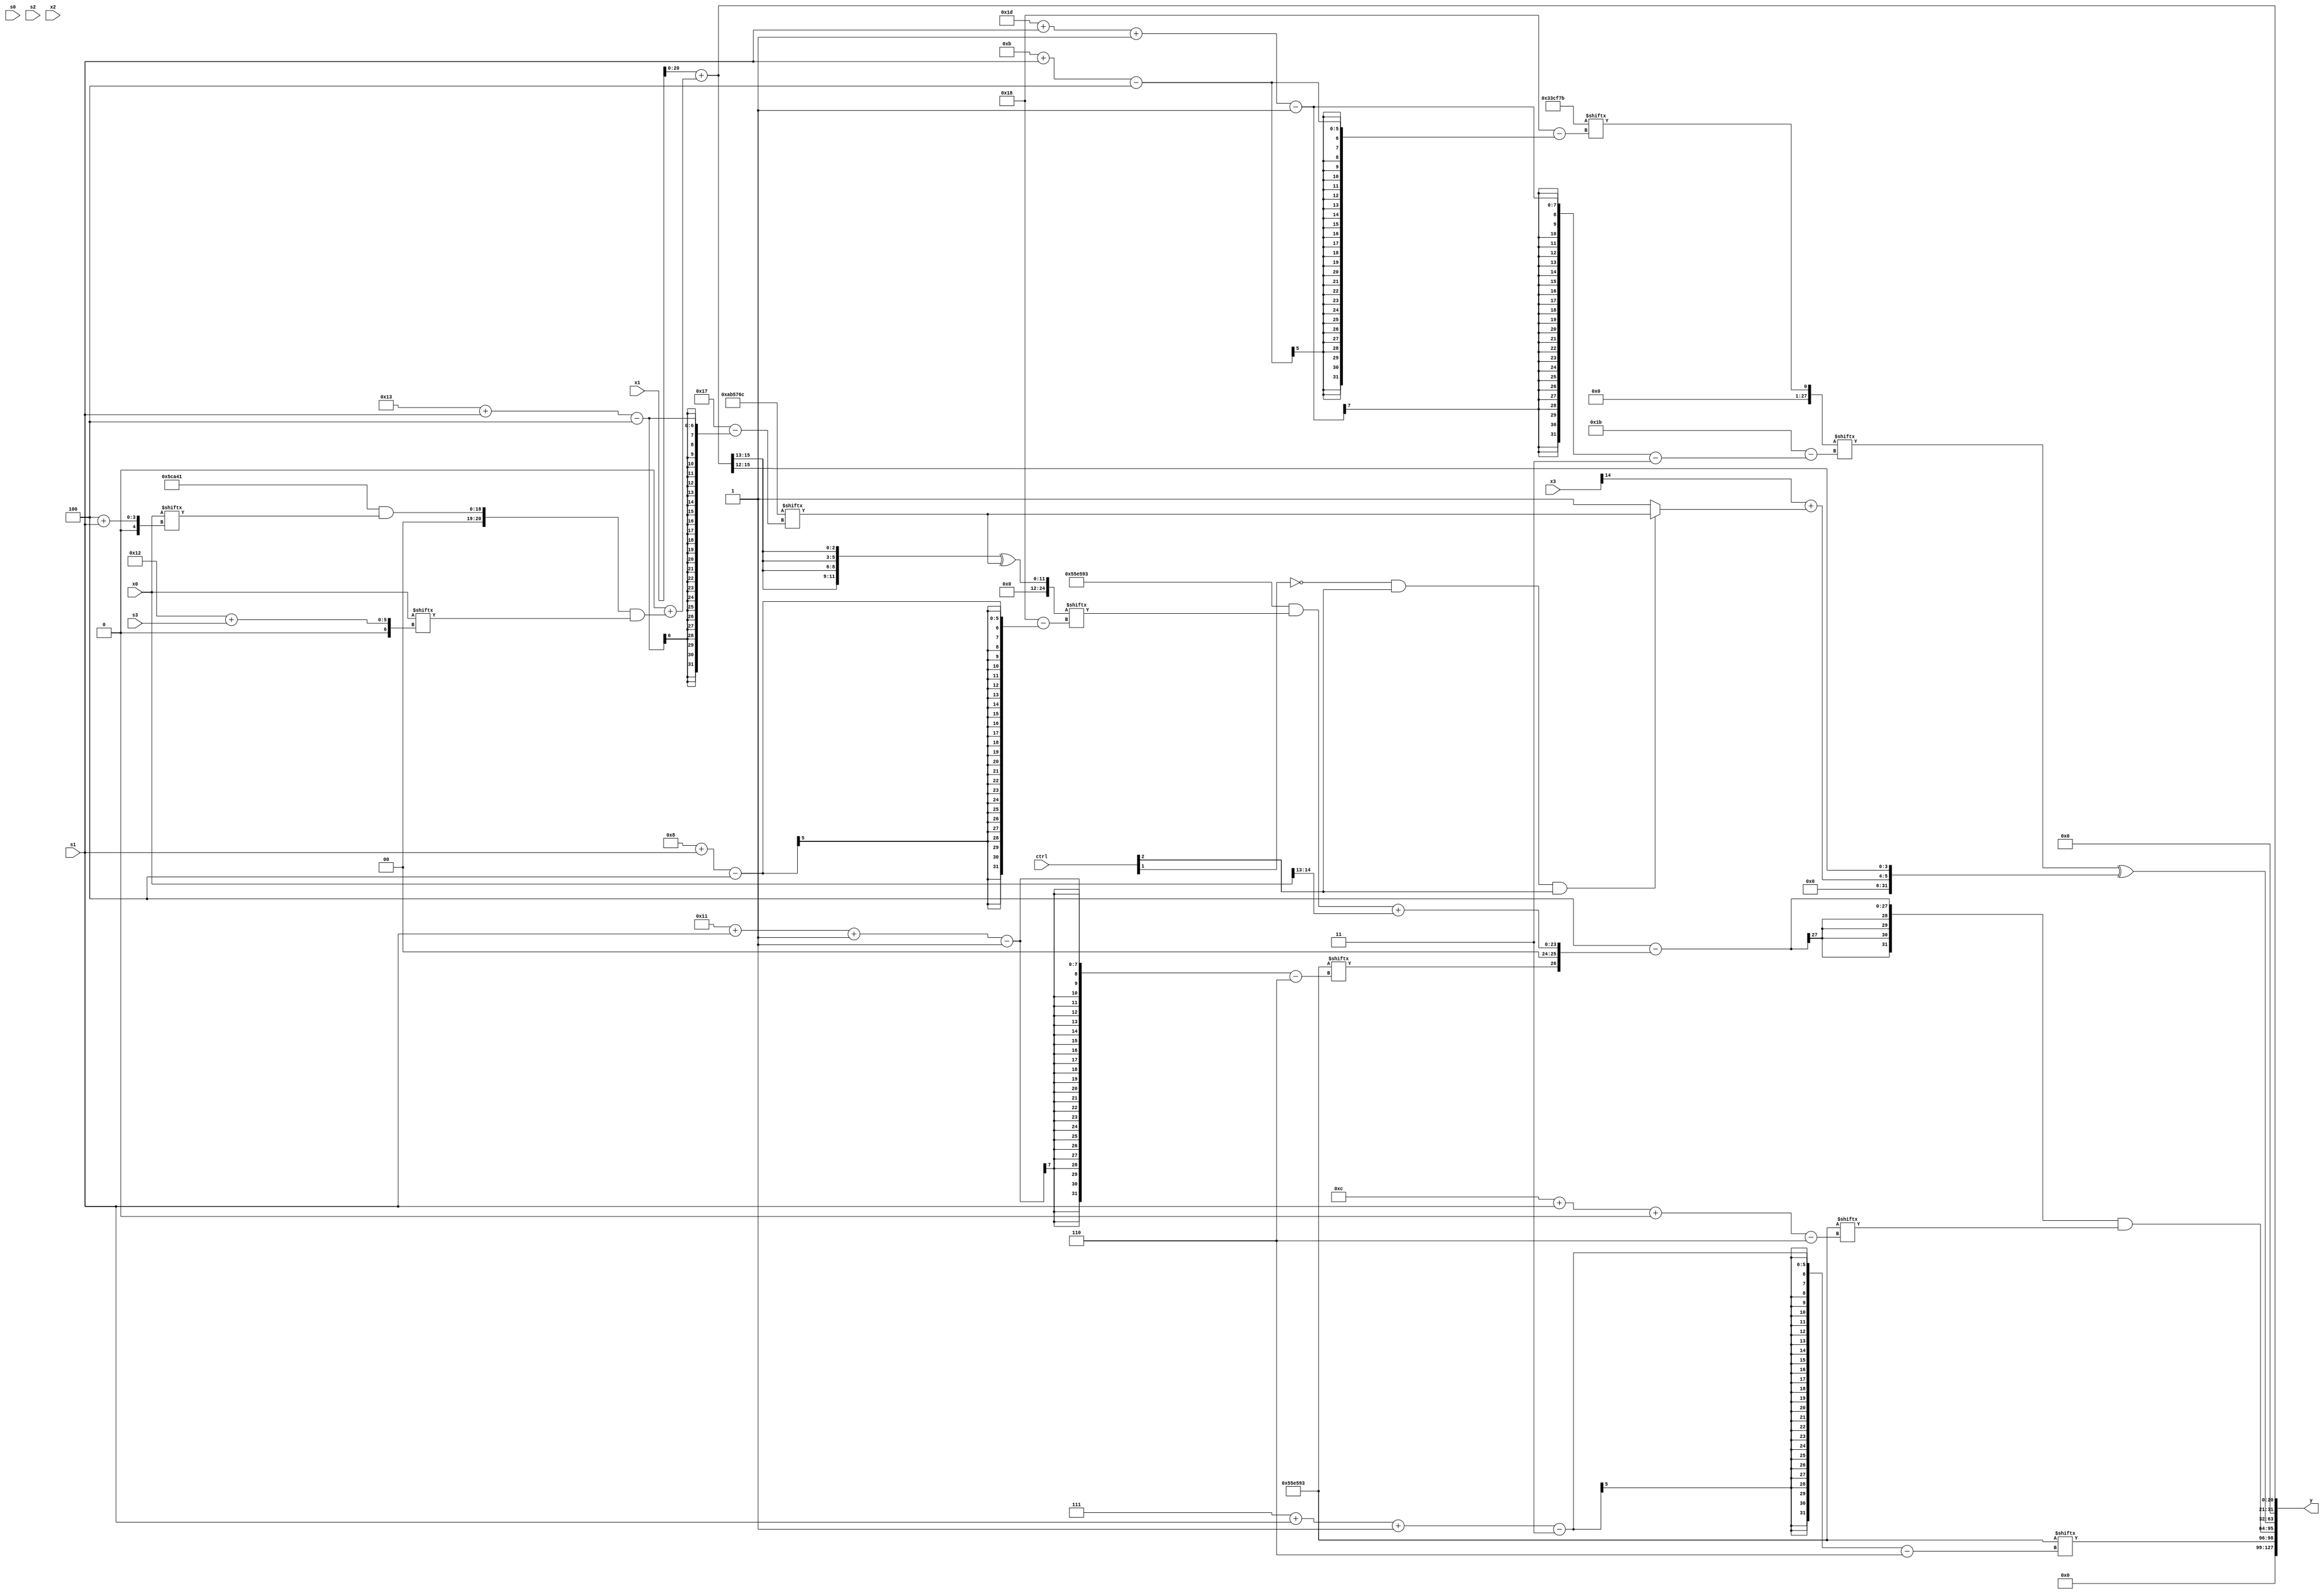
module partsel_00729(ctrl, s0, s1, s2, s3, x0, x1, x2, x3, y);
  input [3:0] ctrl;
  input [2:0] s0;
  input [2:0] s1;
  input [2:0] s2;
  input [2:0] s3;
  input signed [31:0] x0;
  input signed [31:0] x1;
  input [31:0] x2;
  input [31:0] x3;
  wire signed [30:2] x4;
  wire [27:7] x5;
  wire signed [24:1] x6;
  wire signed [31:7] x7;
  wire [4:28] x8;
  wire [30:3] x9;
  wire signed [25:4] x10;
  wire [3:30] x11;
  wire signed [4:28] x12;
  wire signed [26:2] x13;
  wire signed [26:6] x14;
  wire [31:1] x15;
  output [127:0] y;
  wire [31:0] y0;
  wire [31:0] y1;
  wire signed [31:0] y2;
  wire [31:0] y3;
  assign y = {y0,y1,y2,y3};
  localparam signed [31:6] p0 = 72738195;
  localparam [4:27] p1 = 497768300;
  localparam signed [4:28] p2 = 104058747;
  localparam signed [3:28] p3 = 325438017;
  assign x4 = (!ctrl[1] && ctrl[2] && ctrl[2] ? p1[19 + s1] : p3[12 -: 1]);
  assign x5 = {p3[18 + s3], (x1 + (p3[9] + ((p3 & x0[4 + s1]) & x0[18 + s3])))};
  assign x6 = p2[8 +: 3];
  assign x7 = {2{(ctrl[0] || ctrl[3] && !ctrl[0] ? p3[17 +: 1] : x2[9 + s2])}};
  assign x8 = x5;
  assign x9 = x5;
  assign x10 = p2[22 + s3 -: 6];
  assign x11 = p2[11 + s1];
  assign x12 = ({2{{2{x8[13 +: 3]}}}} ^ p1[19 + s1]);
  assign x13 = x3[17 +: 4];
  assign x14 = x9[10 +: 2];
  assign x15 = (ctrl[1] && !ctrl[3] || !ctrl[3] ? p1[19 + s3] : x8[15 + s0]);
  assign y0 = p0[7 + s1 -: 3];
  assign y1 = ((x6 - {p0[17 + s1 -: 1], ((p0 & x12[8 + s1]) + x0[14 -: 2])}) & p0[12 + s1 +: 5]);
  assign y2 = (x11[29 + s1 -: 1] ^ {(x3[14] + {{x3[18 -: 2], x14}, x4}), x5[22 -: 4]});
  assign y3 = x5;
endmodule